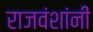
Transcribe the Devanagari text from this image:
राजवंशांनी